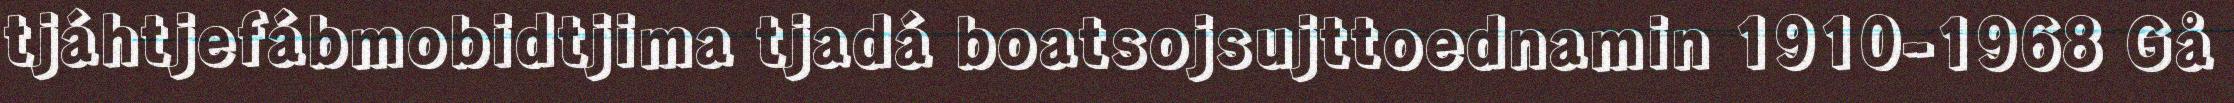
tjáhtjefábmobidtjima tjadá boatsojsujttoednamin 1910-1968 Gå